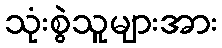
သုံးစွဲသူများအား